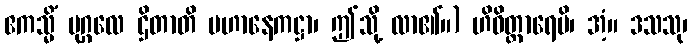
ဧကသ္မိံ ပုဂ္ဂလေ ဌိတာတိ ပဟာနေကဋ္ဌာ၊ ဤသို့ လာ၏။) ဟိဝိတ္ထာရေမိ၊ အံ့။ ဒသသု၊